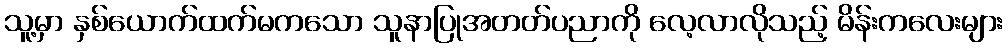
သူ့မှာ နှစ်ယောက်ထက်မကသော သူနာပြုအတတ်ပညာကို လေ့လာလိုသည့် မိန်းကလေးများ